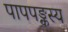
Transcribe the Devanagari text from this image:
पापपङ्कस्य